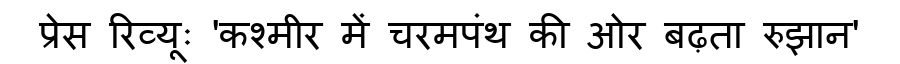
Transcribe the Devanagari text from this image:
प्रेस रिव्यूः 'कश्मीर में चरमपंथ की ओर बढ़ता रुझान'